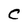
Character: C